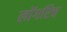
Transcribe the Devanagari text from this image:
लोंगरिच